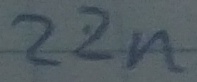
Text: 22n